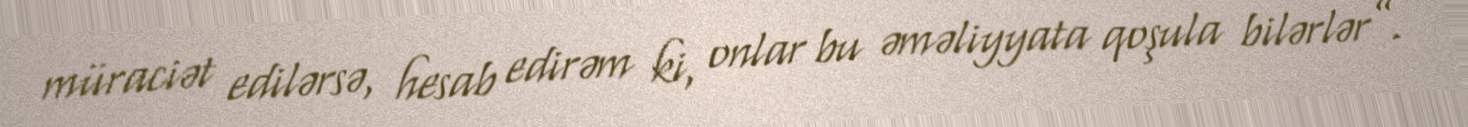
müraciət edilərsə, hesab edirəm ki, onlar bu əməliyyata qoşula bilərlər”.